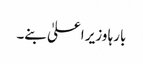
بارہا وزیر اعلیٰ بنے۔